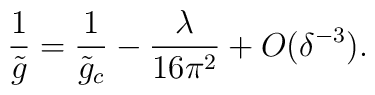
{1 \over {\tilde g}}={1 \over {\tilde g_c }}-{\lambda\over 16\pi^2}+O(\delta^{-3}).